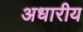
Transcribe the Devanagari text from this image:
अधारीय